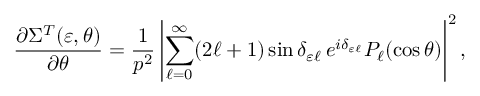
\frac { \partial \Sigma ^ { T } ( \varepsilon , \theta ) } { \partial \theta } = \frac { 1 } { p ^ { 2 } } \left| \sum _ { \ell = 0 } ^ { \infty } ( 2 \ell + 1 ) \sin \delta _ { \varepsilon \ell } \, e ^ { i \delta _ { \varepsilon \ell } } P _ { \ell } ( \cos \theta ) \right| ^ { 2 } ,